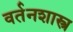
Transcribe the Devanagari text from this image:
वर्तनशास्त्र